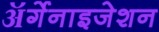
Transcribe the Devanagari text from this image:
ॲर्गेनाइजेशन